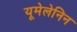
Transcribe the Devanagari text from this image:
यूमेलेनिन